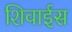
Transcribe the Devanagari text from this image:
शिवाईस